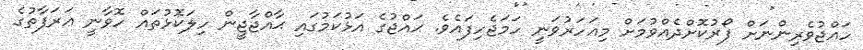
ހައްޖުވެރިންނަށް ފޯރުކޮށްދެއްވުމަށް މިއަހަރުވަނީ ހަމަޖެހިފައެވެ. ޙައްޖުގެ އަޅުކަމުގައި ޙާއްޖާޖީން ހިލަކޮޅުތައް ހޮވާނީ ޢަރަފާތުގެ